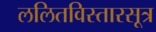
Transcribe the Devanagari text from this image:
ललितविस्तारसूत्र